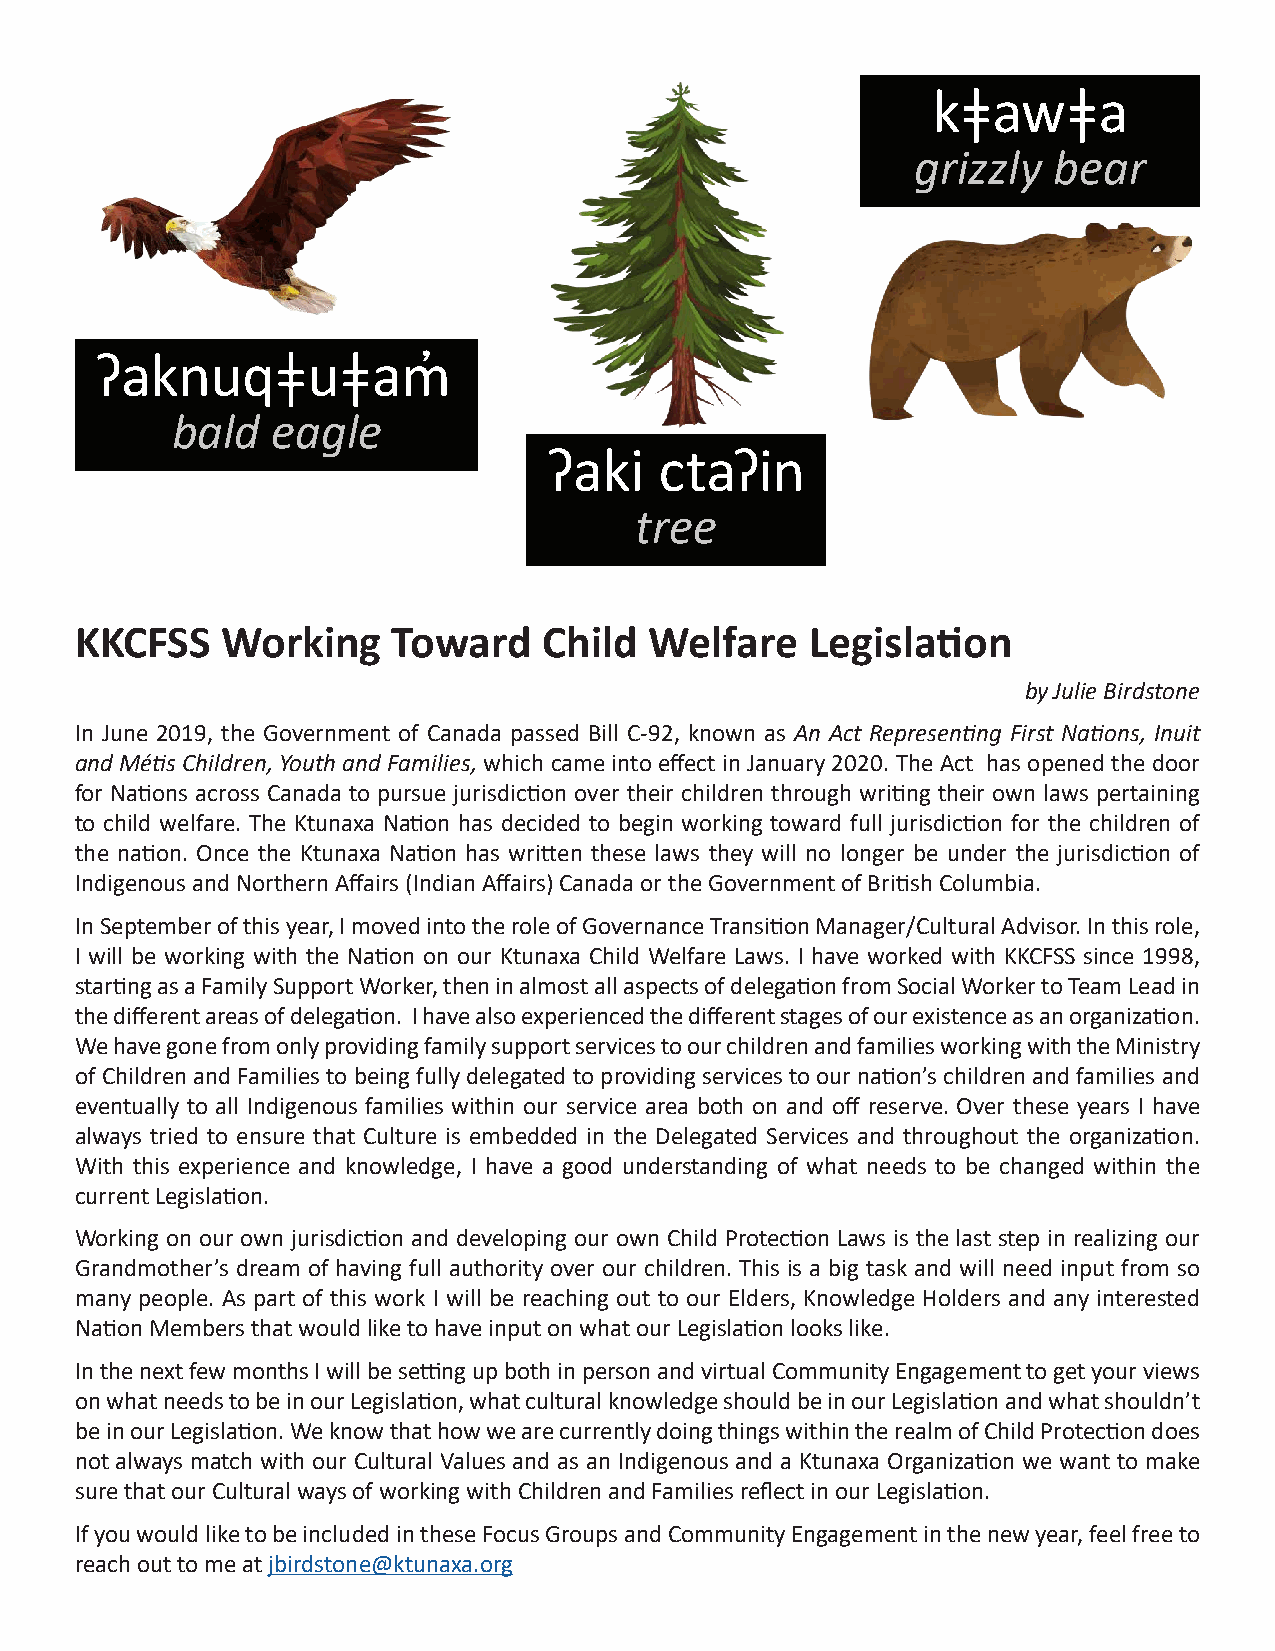
kǂawǂa
 grizzly  bear
 ʔaknuqǂuǂam̓
 bald   eagle
 ʔaki    ctaʔin
 tree
 KKCFSS    Working    Toward    Child  Welfare    Legislation
 by Julie Birdstone
 In June 2019, the Government of Canada passed Bill C-92, known as An Act Representing First Nations, Inuit
 and Métis Children, Youth and Families, which came into effect in January 2020. The Act has opened the door
 for Nations across Canada to pursue jurisdiction over their children through writing their own laws pertaining
 to child welfare. The Ktunaxa Nation has decided to begin working toward full jurisdiction for the children of
 the nation. Once the Ktunaxa Nation has written these laws they will no longer be under the jurisdiction of
 Indigenous and Northern Affairs (Indian Affairs) Canada or the Government of British Columbia.
 In September of this year, I moved into the role of Governance Transition Manager/Cultural Advisor. In this role,
 I will be working with the Nation on our Ktunaxa Child Welfare Laws. I have worked with KKCFSS since 1998,
 starting as a Family Support Worker, then in almost all aspects of delegation from Social Worker to Team Lead in
 the different areas of delegation. I have also experienced the different stages of our existence as an organization.
 We have gone from only providing family support services to our children and families working with the Ministry
 of Children and Families to being fully delegated to providing services to our nation’s children and families and
 eventually to all Indigenous families within our service area both on and off reserve. Over these years I have
 always tried to ensure that Culture is embedded in the Delegated Services and throughout the organization.
 With this experience and knowledge, I have a good understanding of what needs to be changed within the
 current Legislation.
 Working on our own jurisdiction and developing our own Child Protection Laws is the last step in realizing our
 Grandmother’s dream of having full authority over our children. This is a big task and will need input from so
 many people. As part of this work I will be reaching out to our Elders, Knowledge Holders and any interested
 Nation Members that would like to have input on what our Legislation looks like.
 In the next few months I will be setting up both in person and virtual Community Engagement to get your views
 on what needs to be in our Legislation, what cultural knowledge should be in our Legislation and what shouldn’t
 be in our Legislation. We know that how we are currently doing things within the realm of Child Protection does
 not always match with our Cultural Values and as an Indigenous and a Ktunaxa Organization we want to make
 sure that our Cultural ways of working with Children and Families reflect in our Legislation.
 If you would like to be included in these Focus Groups and Community Engagement in the new year, feel free to
 reach out to me at jbirdstone@ktunaxa.org